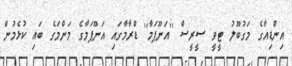
އިންޑިއާގެ މަގުބޫލު ޓީވީ ސީރީސް ''އަނޫޕަމާ'' ޑްރާމާގައި އަނޫޕަމާގެ މަންމަގެ ބައި ކުޅެމުން